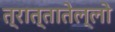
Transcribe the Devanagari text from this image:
त्रात्तातेल्लो